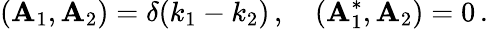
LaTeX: \left(\mathbf{A}_{1},\mathbf{A}_{2}\right)=\delta(k_{1}-k_{2})\, ,\quad\left(\mathbf{A}_{1}^{*},\mathbf{A}_{2}\right)=0\, .